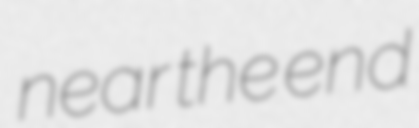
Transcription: near the end